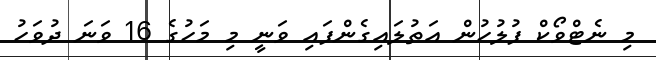
މި ނެޓްވޯކް ފުލުހުން އަތުލައިގެންފައި ވަނީ މި މަހުގެ 16 ވަނަ ދުވަހު